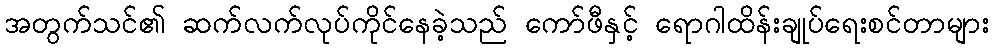
အတွက်သင်၏ ဆက်လက်လုပ်ကိုင်နေခဲ့သည် ကော်ဖီနှင့် ရောဂါထိန်းချုပ်ရေးစင်တာများ